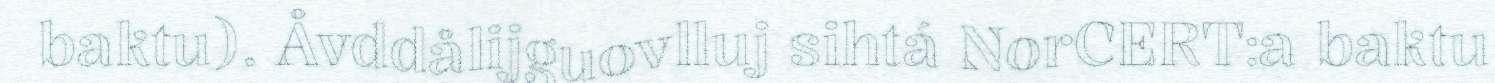
baktu). Åvddålijguovlluj sihtá NorCERT:a baktu